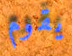
يقوم